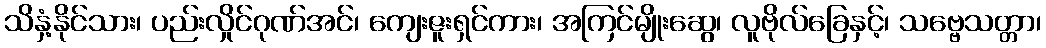
သိနှံ့နိုင်သား၊ ပည်းလှိုင်ဂုဏ်အင်၊ ကျေးဇူးရှင်ကား၊ အကြင်မျိုးဆွေ၊ လူဗိုလ်ခြေနှင့်၊ သဗ္ဗေသတ္တာ၊